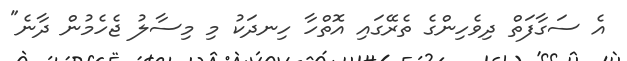
އެ ސަގާފަތް ދިވެހިންގެ ތެރޭގައި އޮތްހާ ހިނދަކު މި މިސާލު ޖެހެމުން ދާނެ"